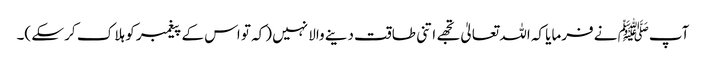
آپﷺ نے فرمایا کہ اللہ تعالیٰ تجھے اتنی طاقت دینے والا نہیں (کہ تو اس کے پیغمبر کو ہلا ک کر سکے )۔